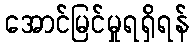
အောင်မြင်မှုရရှိရန်